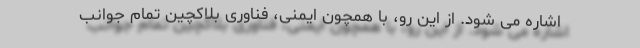
اشاره می شود. از این رو، با همچون ایمنی، فناوری بلاکچین تمام جوانب